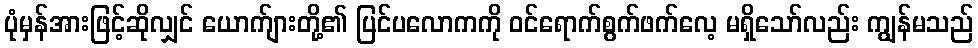
ပုံမှန်အားဖြင့်ဆိုလျှင် ယောက်ျားတို့၏ ပြင်ပလောကကို ဝင်ရောက်စွက်ဖက်လေ့ မရှိသော်လည်း ကျွန်မသည်